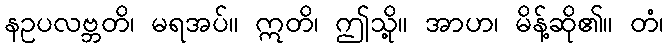
နဥပလဗ္ဘတိ၊ မရအပ်။ ဣတိ၊ ဤသို့။ အာဟ၊ မိန့်ဆို၏။ တံ၊